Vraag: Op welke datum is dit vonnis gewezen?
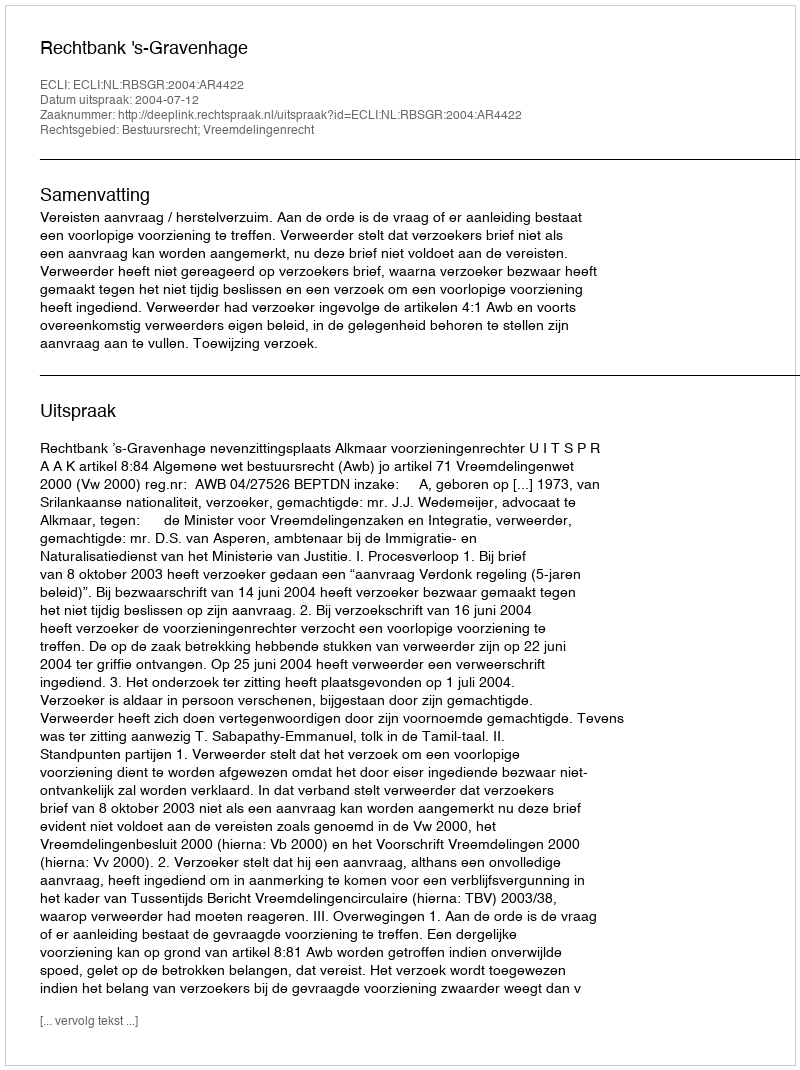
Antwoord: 2004-07-12